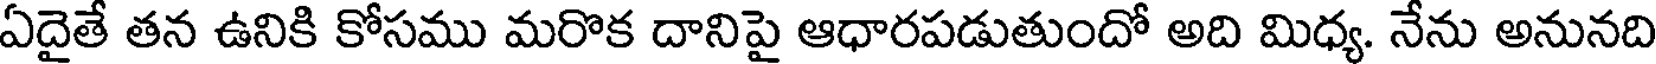
ఏదైతే తన ఉనికి కోసము మరొక దానిపై ఆధారపడుతుందో అది మిధ్య. నేను అనునది